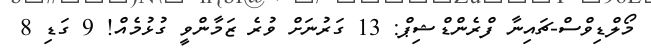
މޯލްޑިވްސް-ޗައިނާ ފްރެންޑްޝިޕް: 13 ގަރުނަށް ވުރެ ޒަމާންވީ ގުޅުމެއް! 9 ގަޑި 8